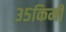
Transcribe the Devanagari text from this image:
३५किमी